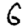
Digit: 6